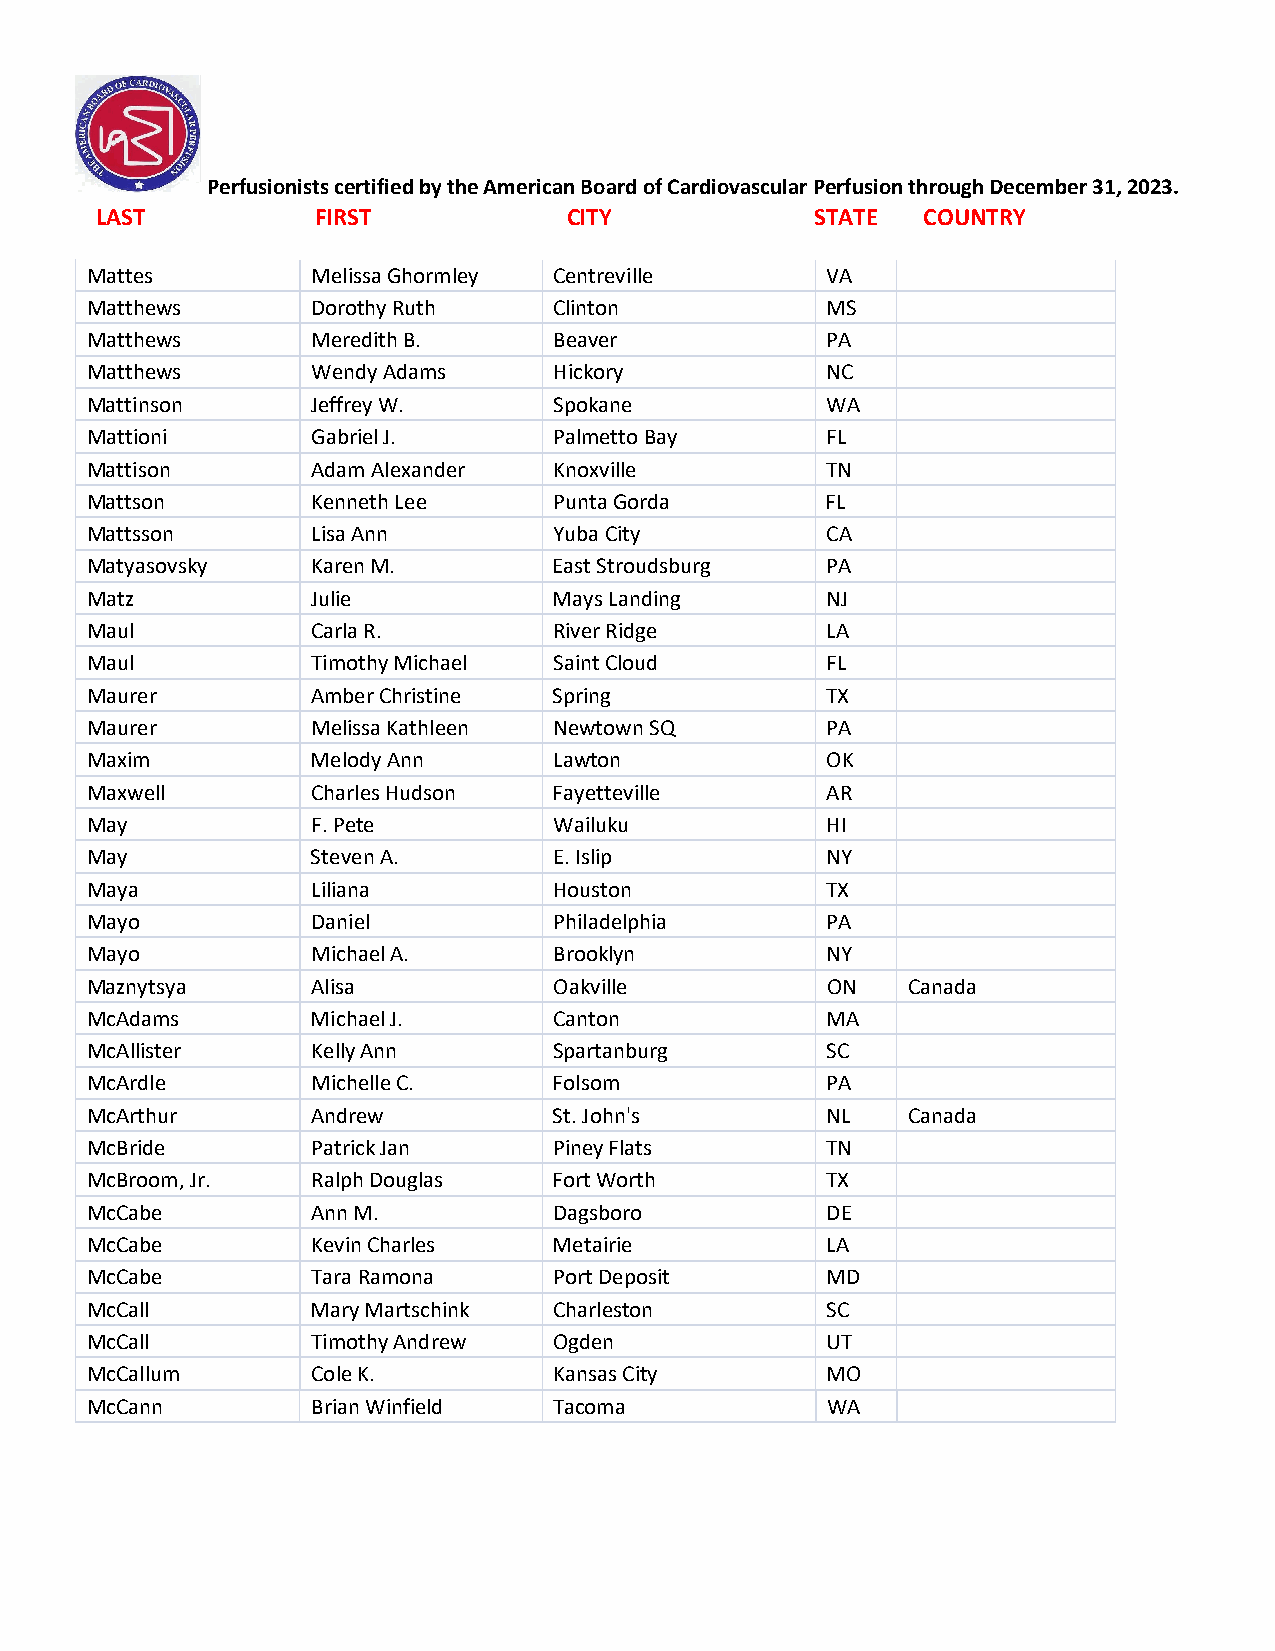
Perfusionists certified by the American Board of Cardiovascular Perfusion through December 31, 2023.
 LAST           FIRST            CITY            STATE  COUNTRY
 Mattes         Melissa Ghormley Centreville      VA
 Matthews       Dorothy Ruth    Clinton           MS
 Matthews       Meredith B.     Beaver            PA
 Matthews       Wendy Adams     Hickory           NC
 Mattinson      Jeffrey W.      Spokane           WA
 Mattioni       Gabriel J.      Palmetto Bay      FL
 Mattison       Adam Alexander  Knoxville         TN
 Mattson        Kenneth Lee     Punta Gorda       FL
 Mattsson       Lisa Ann        Yuba City         CA
 Matyasovsky    Karen M.        East Stroudsburg  PA
 Matz           Julie           Mays Landing      NJ
 Maul           Carla R.        River Ridge       LA
 Maul           Timothy Michael Saint Cloud       FL
 Maurer         Amber Christine Spring            TX
 Maurer         Melissa Kathleen Newtown SQ       PA
 Maxim          Melody Ann      Lawton            OK
 Maxwell        Charles Hudson  Fayetteville      AR
 May            F. Pete         Wailuku           HI
 May            Steven A.       E. Islip          NY
 Maya           Liliana         Houston           TX
 Mayo           Daniel          Philadelphia      PA
 Mayo           Michael A.      Brooklyn          NY
 Maznytsya      Alisa           Oakville          ON   Canada
 McAdams        Michael J.      Canton            MA
 McAllister     Kelly Ann       Spartanburg       SC
 McArdle        Michelle C.     Folsom            PA
 McArthur       Andrew          St. John's        NL   Canada
 McBride        Patrick Jan     Piney Flats       TN
 McBroom, Jr.   Ralph Douglas   Fort Worth        TX
 McCabe         Ann M.          Dagsboro          DE
 McCabe         Kevin Charles   Metairie          LA
 McCabe         Tara Ramona     Port Deposit      MD
 McCall         Mary Martschink Charleston        SC
 McCall         Timothy Andrew  Ogden             UT
 McCallum       Cole K.         Kansas City       MO
 McCann         Brian Winfield  Tacoma            WA